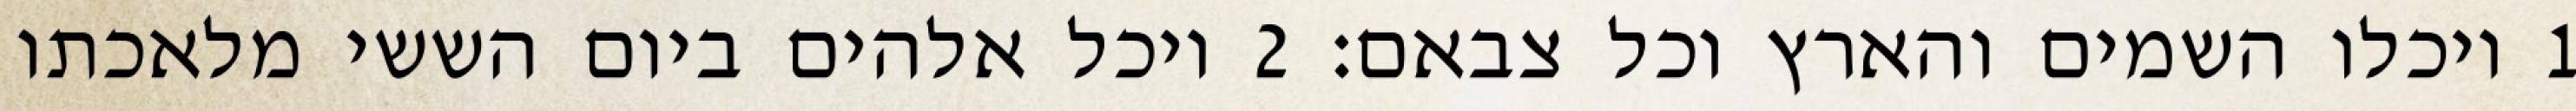
1 ויכלו השמים והארץ וכל צבאם׃ ‎2‏ ויכל אלהים ביום הששי מלאכתו